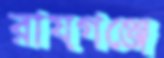
রায়গঞ্জে